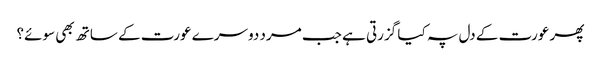
پھر عورت کے دل پہ کیا گزرتی ہے جب مرد دوسرے عورت کے ساتھ بھی سوئے؟